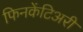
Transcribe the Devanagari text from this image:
फिनकेंटिअरी